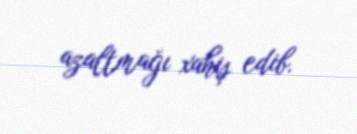
azaltmağı xahiş edib.